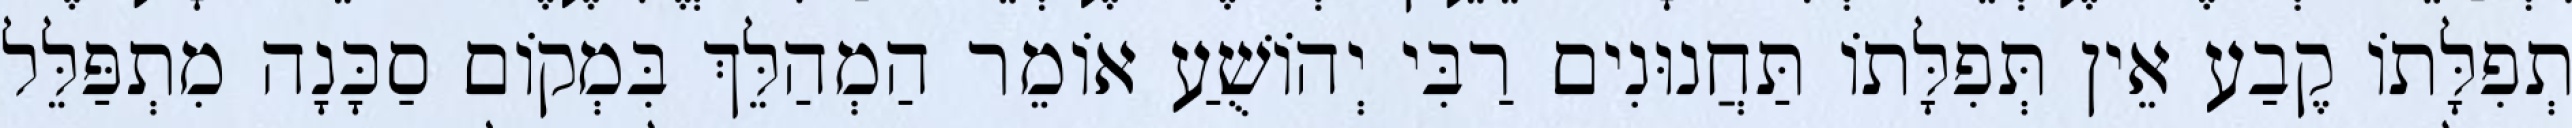
תְפִלָּתוֹ קֶבַע אֵין תְּפִלָּתוֹ תַּחֲנוּנִים רַבִּי יְהוֹשֻׁעַ אוֹמֵר הַמְהַלֵּךְ בִּמְקוֹם סַכָּנָה מִתְפַּלֵּל